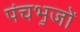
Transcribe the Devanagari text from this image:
पंचभुजों